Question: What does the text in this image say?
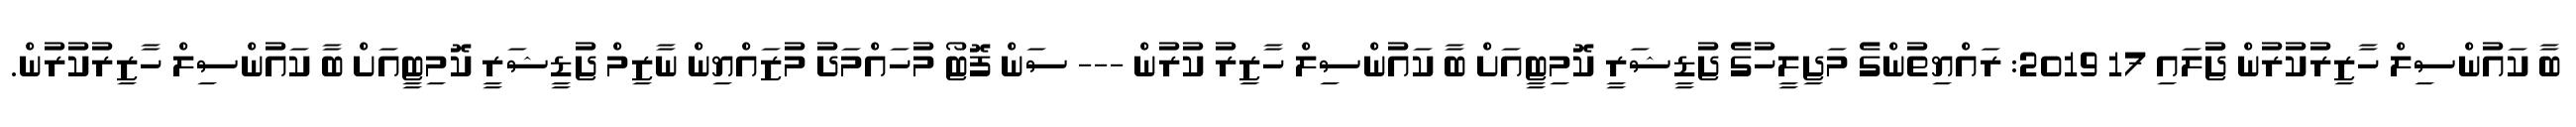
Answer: ބާ ކައުންސިލް ހާޒިރުކުރުން ޖުަލައި 17 2019: ރައްޔިތުންގެ މަޖިލީހުގެ ޖުޑީޝަރީ ކޮމިޓީއަށް ބާ ކައުންސިލް ހާޒިރު ކުރުން --- ސަން ފޮޓޯ މުހައްމަދު މުޒައްޔިން ނާޒިމް ޖުޑީޝަރީ ކޮމިޓީއަށް ބާ ކައުންސިލް ހާޒިރުކުރުން.